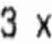
3 X